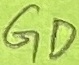
Text: GD